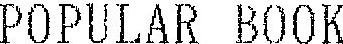
POPULAR BOOL